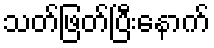
သတ်ဖြတ်ပြီးနောက်